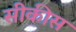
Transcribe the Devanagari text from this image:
सीकीस